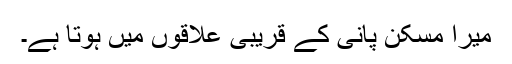
میرا مسکن پانی کے قریبی علاقوں میں ہوتا ہے۔